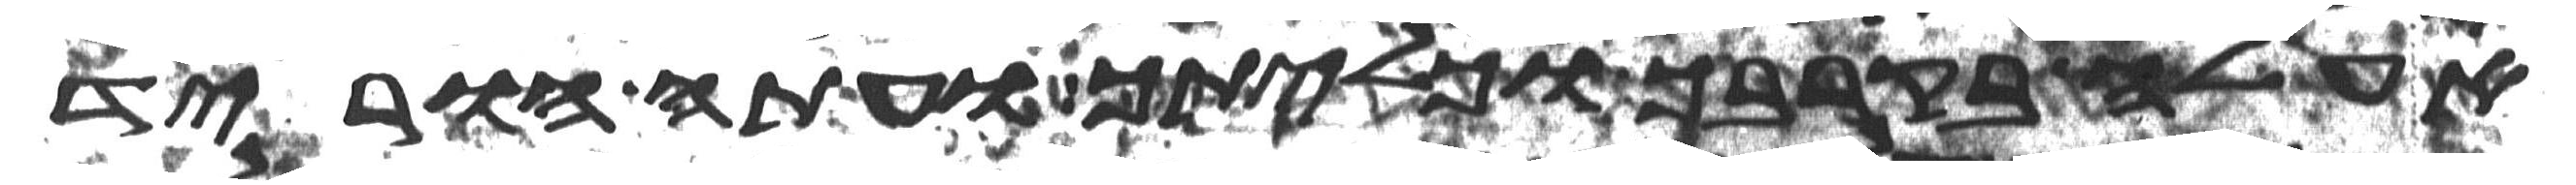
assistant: אעלה בקרבך וכליתיך ועתה הוריד